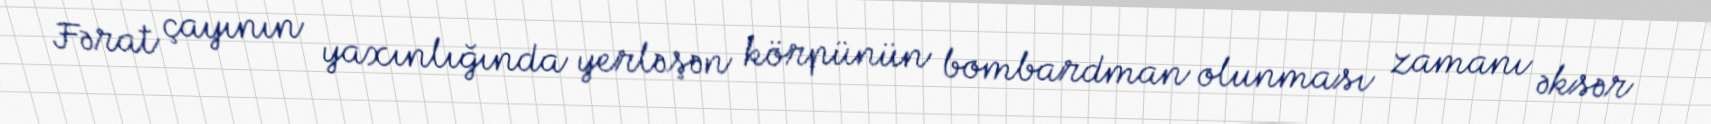
Fərat çayının yaxınlığında yerləşən körpünün bombardman olunması zamanı əksər